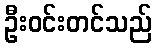
ဦးဝင်းတင်သည်